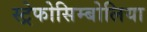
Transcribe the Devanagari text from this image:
स्ट्रेफोसिम्बोलिया